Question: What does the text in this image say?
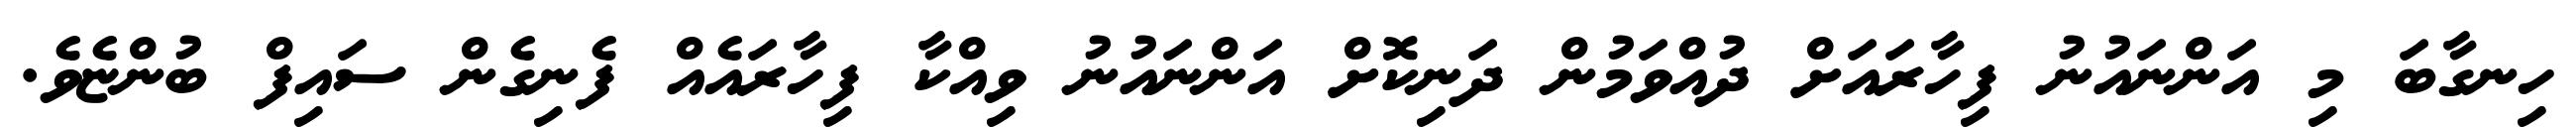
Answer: ހިނގާބަ މި އަންނައުނު ފިހާރައަށް ދުއްވަމުން ދަނިކޮށް އަންނައުނު ވިއްކާ ފިހާރައެއް ފެނިގެން ސައިފް ބުންޏެވެ.